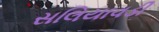
સલિયાવડી